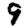
Digit: 9